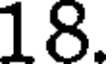
18.